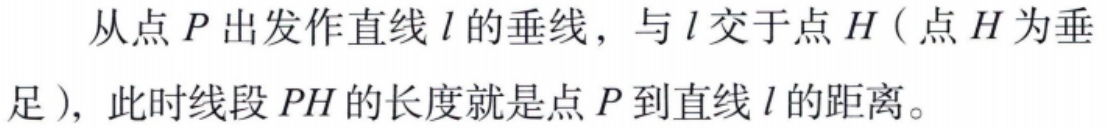
从点\(P\)出发作直线\(l\)的垂线，与\(l\)交于点\(H\)（点\(H\)为垂足），此时线段\(PH\)的长度就是点\(P\)到直线\(l\)的距离。